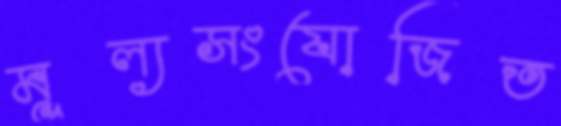
মূল্যসংযোজিত